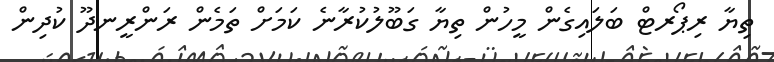
ތިޔާ ރިޕޯރޓް ބަލައިގެން މީހުން ތިޔާ ގަބޫލުކުރާނެ ކަމަށް ތަމެން ރަންރީނދޫ ކުދިން